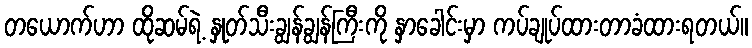
တယောက်ဟာ ထိုဆမ်ရဲ့ နှုတ်သီးချွန်ချွန်ကြီးကို နှာခေါင်းမှာ ကပ်ချုပ်ထားတာခံထားရတယ်။